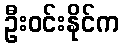
ဦးဝင်းနိုင်က